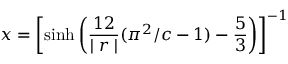
x = \left[ \sinh \left( \frac { 1 2 } { \mid r \mid } ( \pi ^ { 2 } / c - 1 ) - \frac { 5 } { 3 } \right) \right] ^ { - 1 }